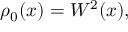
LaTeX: \rho _ { 0 } ( x ) = W ^ { 2 } ( x ) ,